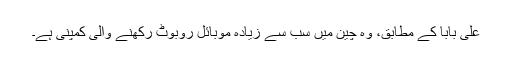
علی بابا کے مطابق، وہ چین میں سب سے زیادہ موبائل روبوٹ رکھنے والی کمپنی ہے۔